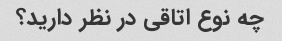
چه نوع اتاقی در نظر دارید؟